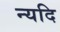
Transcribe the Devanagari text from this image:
न्यदि